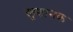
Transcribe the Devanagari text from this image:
खुशानक